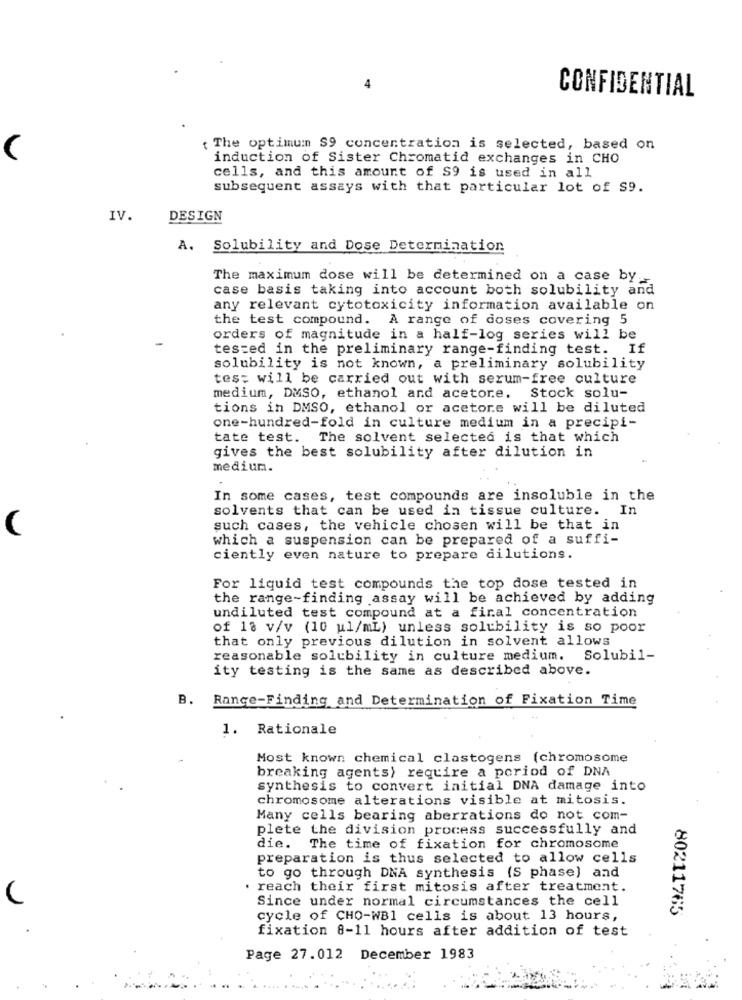
4
CONFIDENTIAL
The optimum S9 concentration is selected, based on
induction of Sister Chromatid exchanges in CHO
cells, and this amount of S9 is used in all
subsequent assays with that particular lot of S9.
IV.
DESIGN
A. Solubility and Dose Determination
The maximum dose will be determined on a case by ..
case basis taking into account both solubility and
any relevant cytotoxicity information available on
the test compound. A range of doses covering 5
orders of magnitude in a half-log series will be
tested in the preliminary range-finding test. If
solubility is not known, a preliminary solubility
tes: will be carried out with serum-free culture
medium, DMSO, ethanol and acetore. Stock solu-
tions in DMSO, ethanol or acetore will be diluted
one-hundred-fold in culture medium in a precipi-
tate test. The solvent selected is that which
gives the best solubility after dilution in
medium.
In some cases, test compounds are insoluble in the
solvents that can be used in tissue culture. In
(
such cases, the vehicle chosen will be that in
which a suspension can be prepared of a suffi-
ciently even nature to prepare dilutions.
For liquid test compounds the top dose tested in
the range-finding assay will be achieved by adding
undiluted test compound at a final concentration
of 18 v/v (10 ul/mL) unless solubility is so poor
that only previous dilution in solvent allows
reasonable solubility in culture medium. Solubil-
ity testing is the same as described above.
B. Range-Finding and Determination of Fixation Time
1. Rationale
Most known chemical clastogens (chromosome
breaking agents) require a period of DNA
synthesis to convert initial DNA damage into
chromosome alterations visible at mitosis.
Many cells bearing aberrations do not com-
plete the division process successfully and
die. The time of fixation for chromosome
preparation is thus selected to allow cells
to go through DNA synthesis (S phase) and
reach their first mitosis after treatment.
Since under normal circumstances the cell
cycle of CHO-WB1 cells is about 13 hours,
80211765
fixation 8-11 hours after addition of test
Page 27.012 December 1983